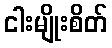
ငါးမျိုးစိတ်